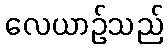
လေယာဉ်သည်